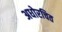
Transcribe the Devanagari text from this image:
अधोरचित